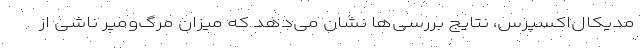
مدیکال‌اکسپرس، نتایج بررسی‌ها نشان می‌دهد که میزان مرگ‌ومیر ناشی از